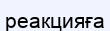
реакцияға